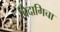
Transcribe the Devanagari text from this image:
बिदागिचा